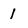
Character: 1